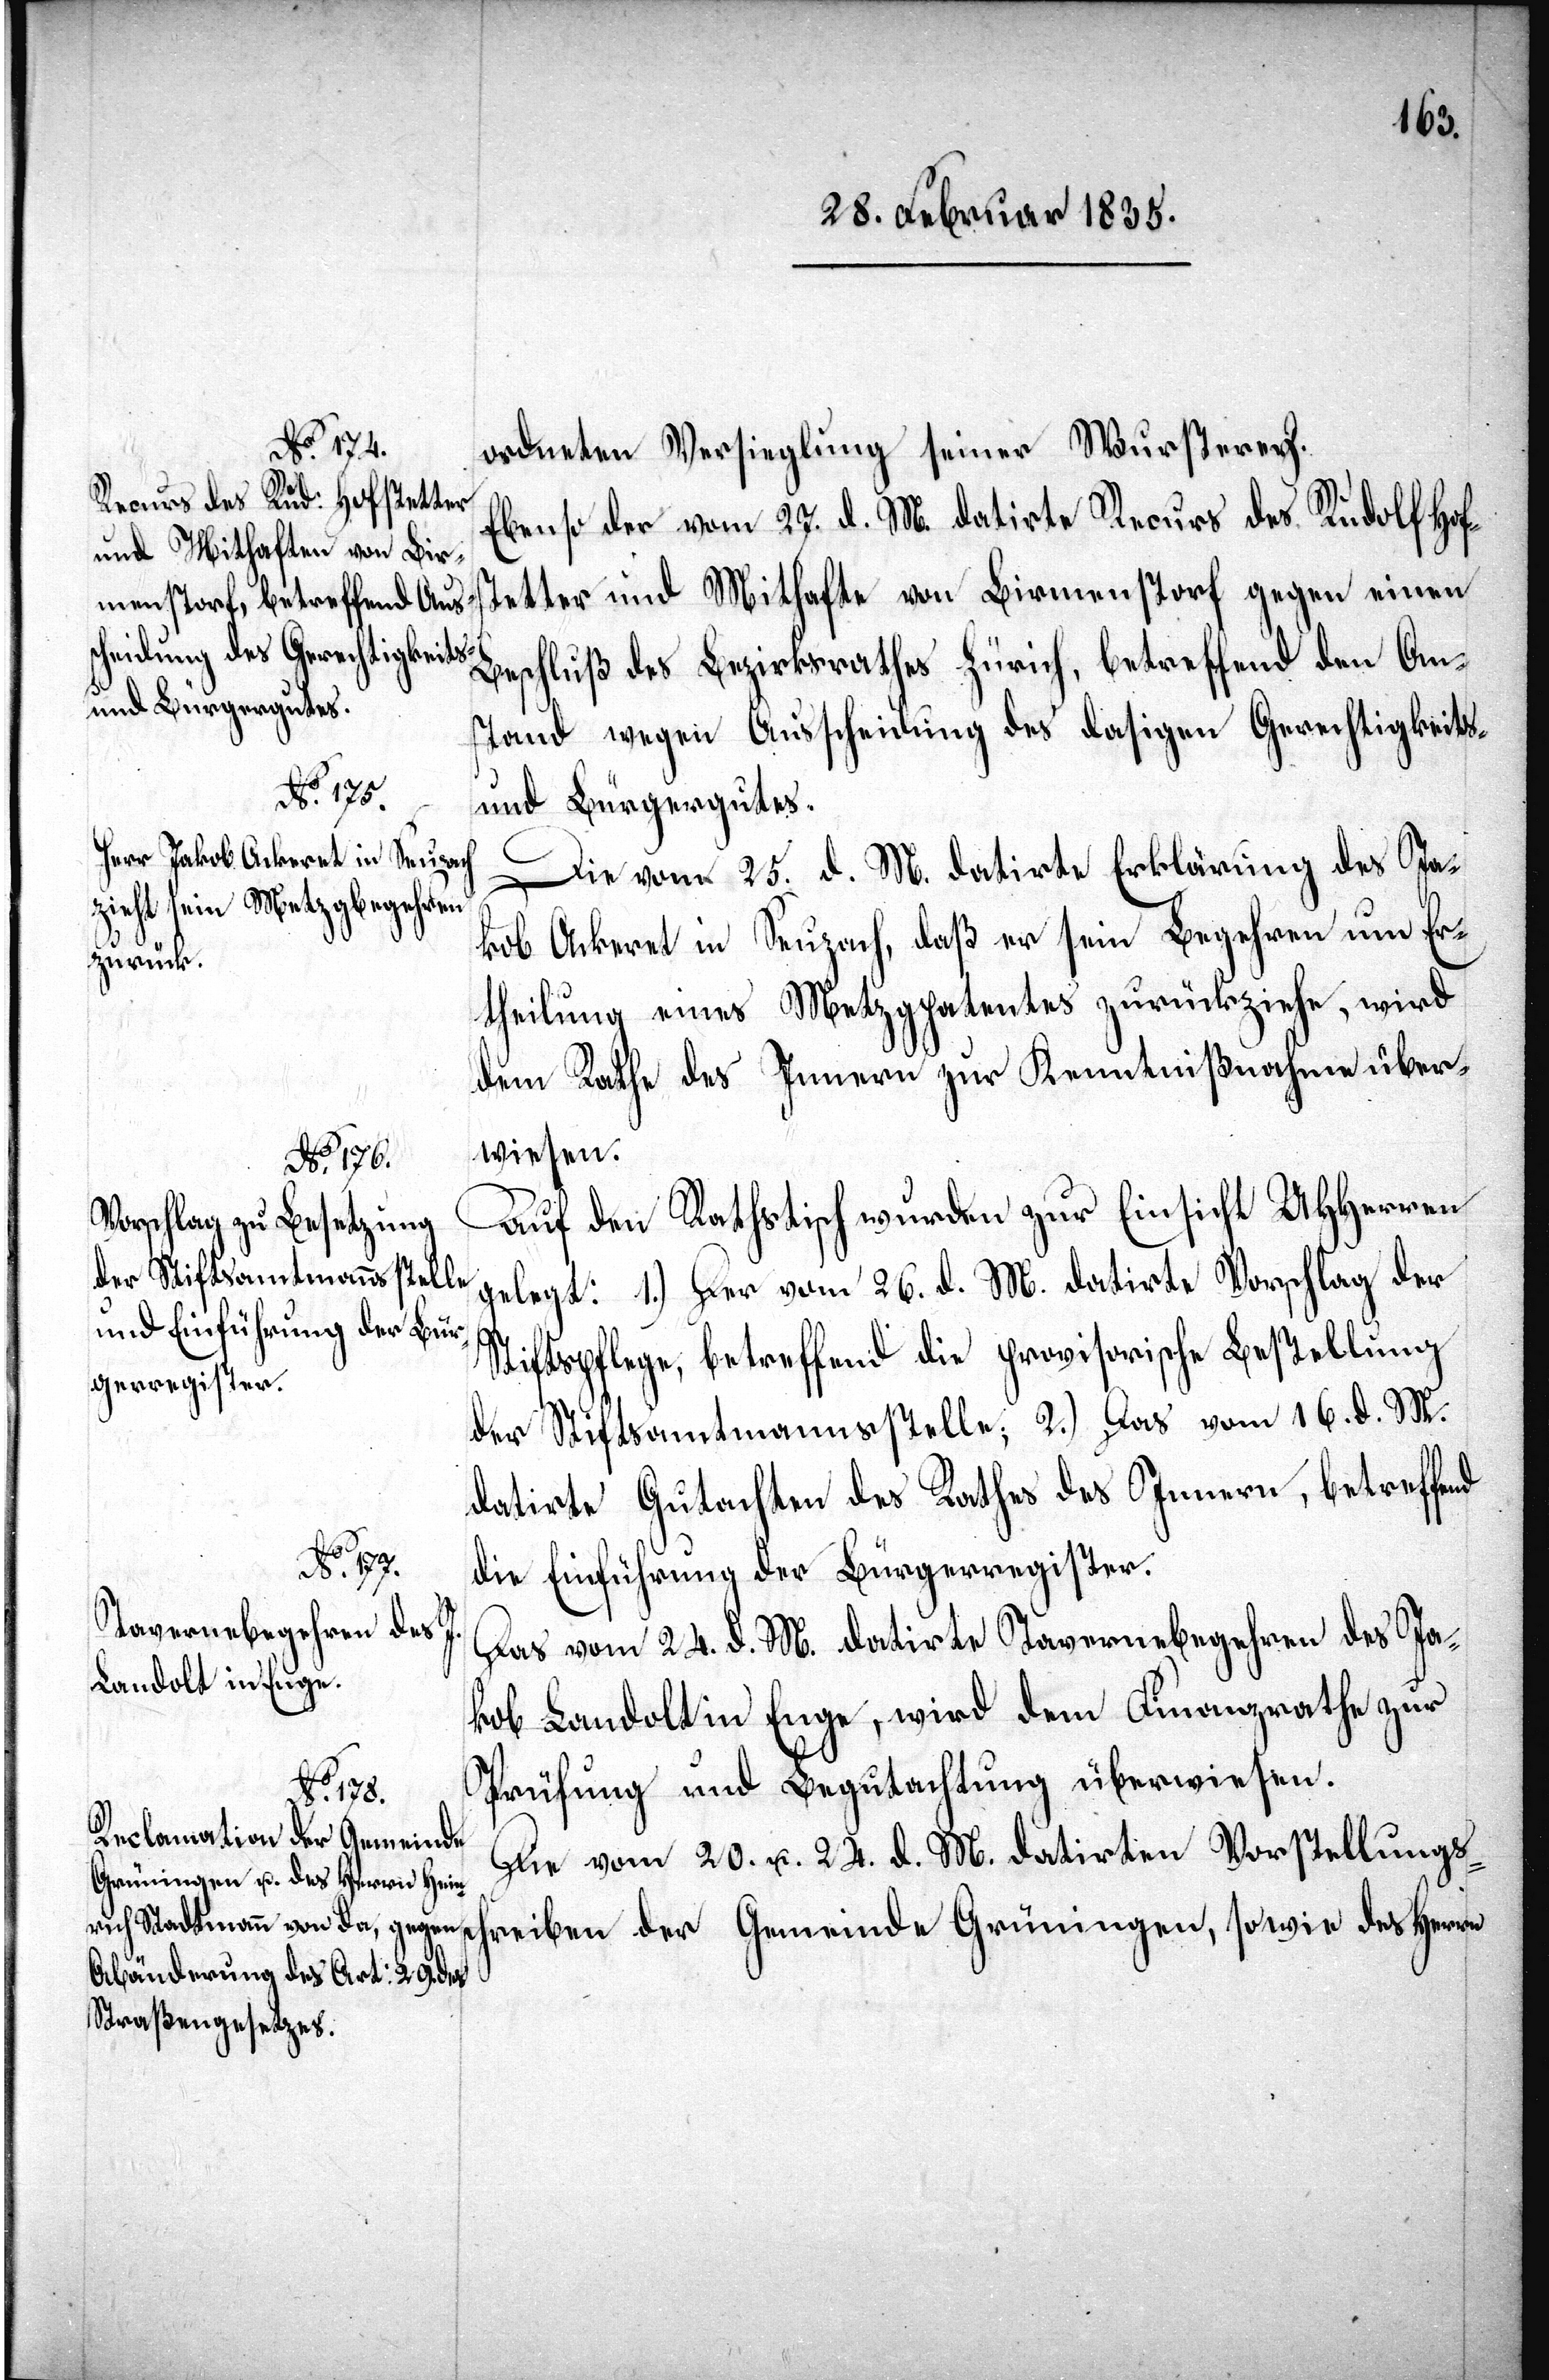
ordneten Versieglung seiner Wursterey.
Ebenso der vom 27. d. M. datirte Recurs des Rudolf Hof¬
stetter und Mithafte von Birmenstorf gegen einen
stand wegen Ausscheidung des dasigen Gerechtigkeits-
den An¬
und Bürgergutes.
Die vom 25. d. M. datirte Erklärung des Ja¬
kob Ackeret in Seuzach, daß er sein Begehren um Er¬
theilung eines Metzgpatentes zurückziehe, wird
dem Rathe des Innern zur Kenntnißnahme über¬
wiesen.
1835/0360]
Auf den Rathstisch wurden zur Einsicht UHHerren
gelegt: 1.) Der vom 26. d. M. datirte Vorschlag der
Stiftspflege, betreffend die provisorische Bestellung
der Stiftsamtmannsstelle; 2.) Das vom 16. d. M.
datirte Gutachten des Rathes des Innern, betreffend
die Einführung der Bürgerregister.
Das vom 24. d. M. datirte Tavernebegehren des Ja¬
kob Landolt in Enge, wird dem Finanzrathe zur
Prüfung und Begutachtung überwiesen.
Die vom 20. u. 24. d. M. datirten Vorstellungssc¬
hreiben der Gemeinde Grüningen, sowie des Herrn